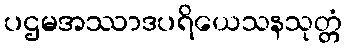
ပဌမအဿာဒပရိယေသနသုတ္တံ